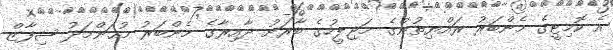
އެ ކޮމިޓީގެ މެންބަރު ރައްޔިތުންގެ މަޖިލީހުގެ ބާރަށު ދާއިރާގެ މެންބަރު މުޙަންމަދު ޝިފާޒް